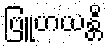
ဗြူဟယန္တိ